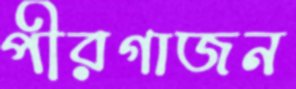
পীরগাজন